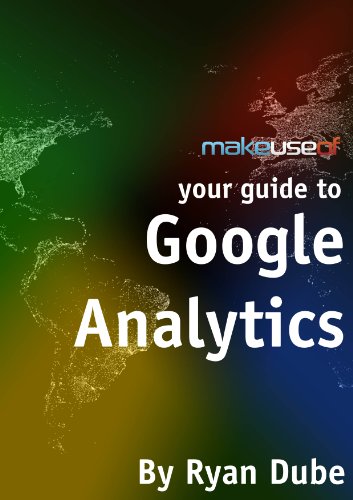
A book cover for Your Guide To Google Analytics; Ryan Dube; Computers & Technology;